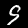
Label: 9